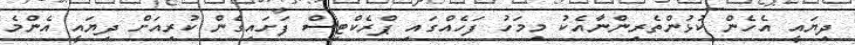
ދިޔައީ އެހެން ކުޅުންތެރިންނާއެކު މިމަހު ފަހެއްގައި ޕްރެކްޓިސް ފަށައިގެން ކުރިއަށް ދިޔައީ އެންމެ